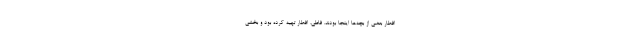
افطار بعضى از بچه‌ها اینجا بودند. فاطى، افطار تهیه ‌كرده بود و بخشى